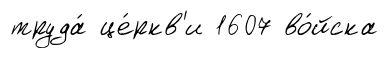
труда́ це́ркв'и 1607 во́йска